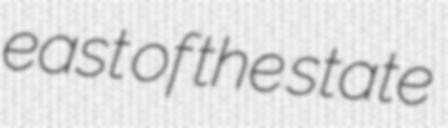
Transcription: east of the state